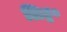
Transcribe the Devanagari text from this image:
लिट्ट०